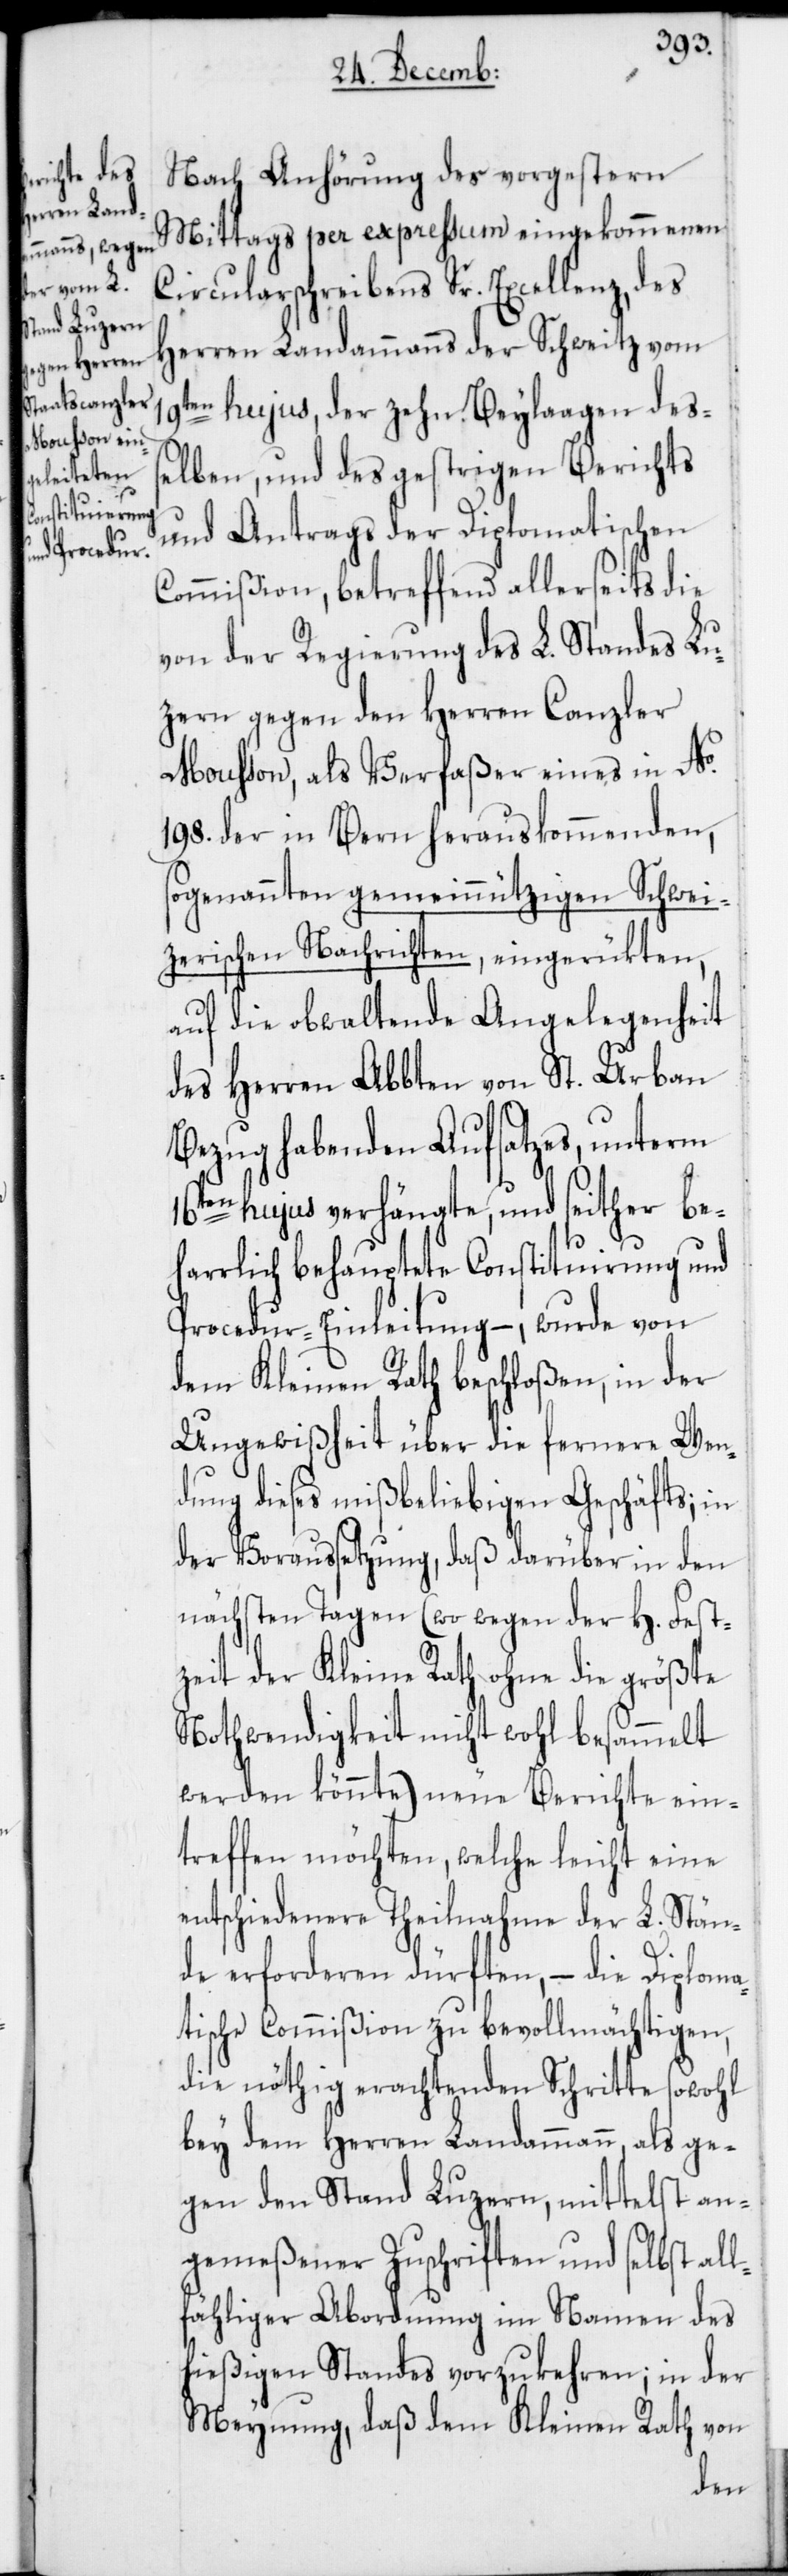
19t¬
Nach Anhörung des vorgestern
Mittags per expressum eingekommenen
Circularschreibens Sr. Excellenz, des
Herren Landammanns der Schweitz vom
en hujus, der zehn Beylaagen deß¬
elben, und des gestrigen Berichts
und Antrags der Diplomatischen
Commißion, betreffend allerseits die
von der Regierung des L. Standes Lu¬
zern gegen den Herren Canzler
Mousson, als Verfaßer eines in No.
198. der in Bern herauskommenden,
sogenannten gemeinnützigen Schwei¬
zerischen Nachrichten, eingerükten,
auf die obwaltende Angelegenheit
des Herren Abbten von St. Urban
Bezug habenden Aufsatzes, unterm
16ten hujus verhängte, und seither beh¬
arrlich behauptete Constituirung und
Procedur-Einleitung, – wurde von
dem Kleinen Rath beschloßen, in der
Ungewißheit über die fernere Wen¬
dung dieses mißbeliebigen Geschäfts; in
der Voraussetzung, daß darüber in den
nächsten Tagen (wo wegen der H. Fest¬
zeit der Kleine Rath ohne die größte
Nothwendigkeit nicht wohl besammelt
werden könnte) neue Berichte ein¬
treffen möchten, welche leicht eine
entschiedenere Theilnahme der L. Stän¬
de erforderen dürften, – die Diploma¬
tische Commißion zu bevollmächtigen,
die nöthig erachtenden Schritte sowohl
bey dem Herren Landammann, als ge¬
gen den Stand Luzern, mittelst an¬
gemeßener Zuschriften und selbst al¬
lfähliger Abordnung im Namen des
hießigen Standes vorzukehren; in der
Meynung, daß dem Kleinen Rath von